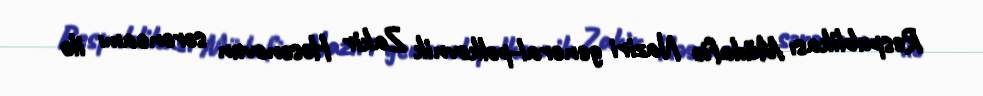
Respublikası Müdafiə Naziri general-polkovnik Zakir Həsənovun sərəncamı ilə